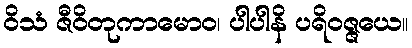
ဝိသံ ဇီဝိတုကာမောဝ၊ ပါပါနိ ပရိဝဇ္ဇယေ။